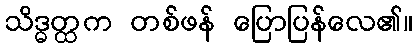
သိဒ္ဓတ္ထက တစ်ဖန် ပြောပြန်လေ၏။